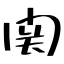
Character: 関